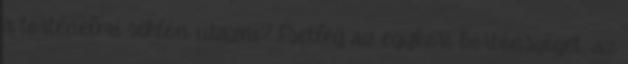
a történelmi siklón utazni? Esetleg az egykori börtönsziget, az